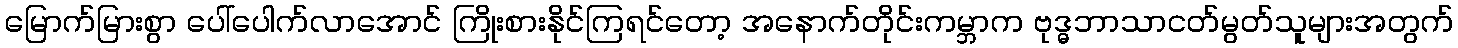
မြောက်မြားစွာ ပေါ်ပေါက်လာအောင် ကြိုးစားနိုင်ကြရင်တော့ အနောက်တိုင်းကမ္ဘာက ဗုဒ္ဓဘာသာငတ်မွတ်သူများအတွက်